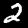
Label: 2